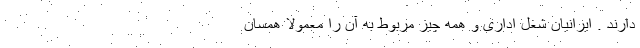
دارند . ایرانیان شغل اداری و همه چیز مربوط به آن را معمولا همسان